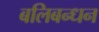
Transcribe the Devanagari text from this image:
बलिबन्धन